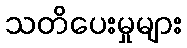
သတိပေးမှုများ